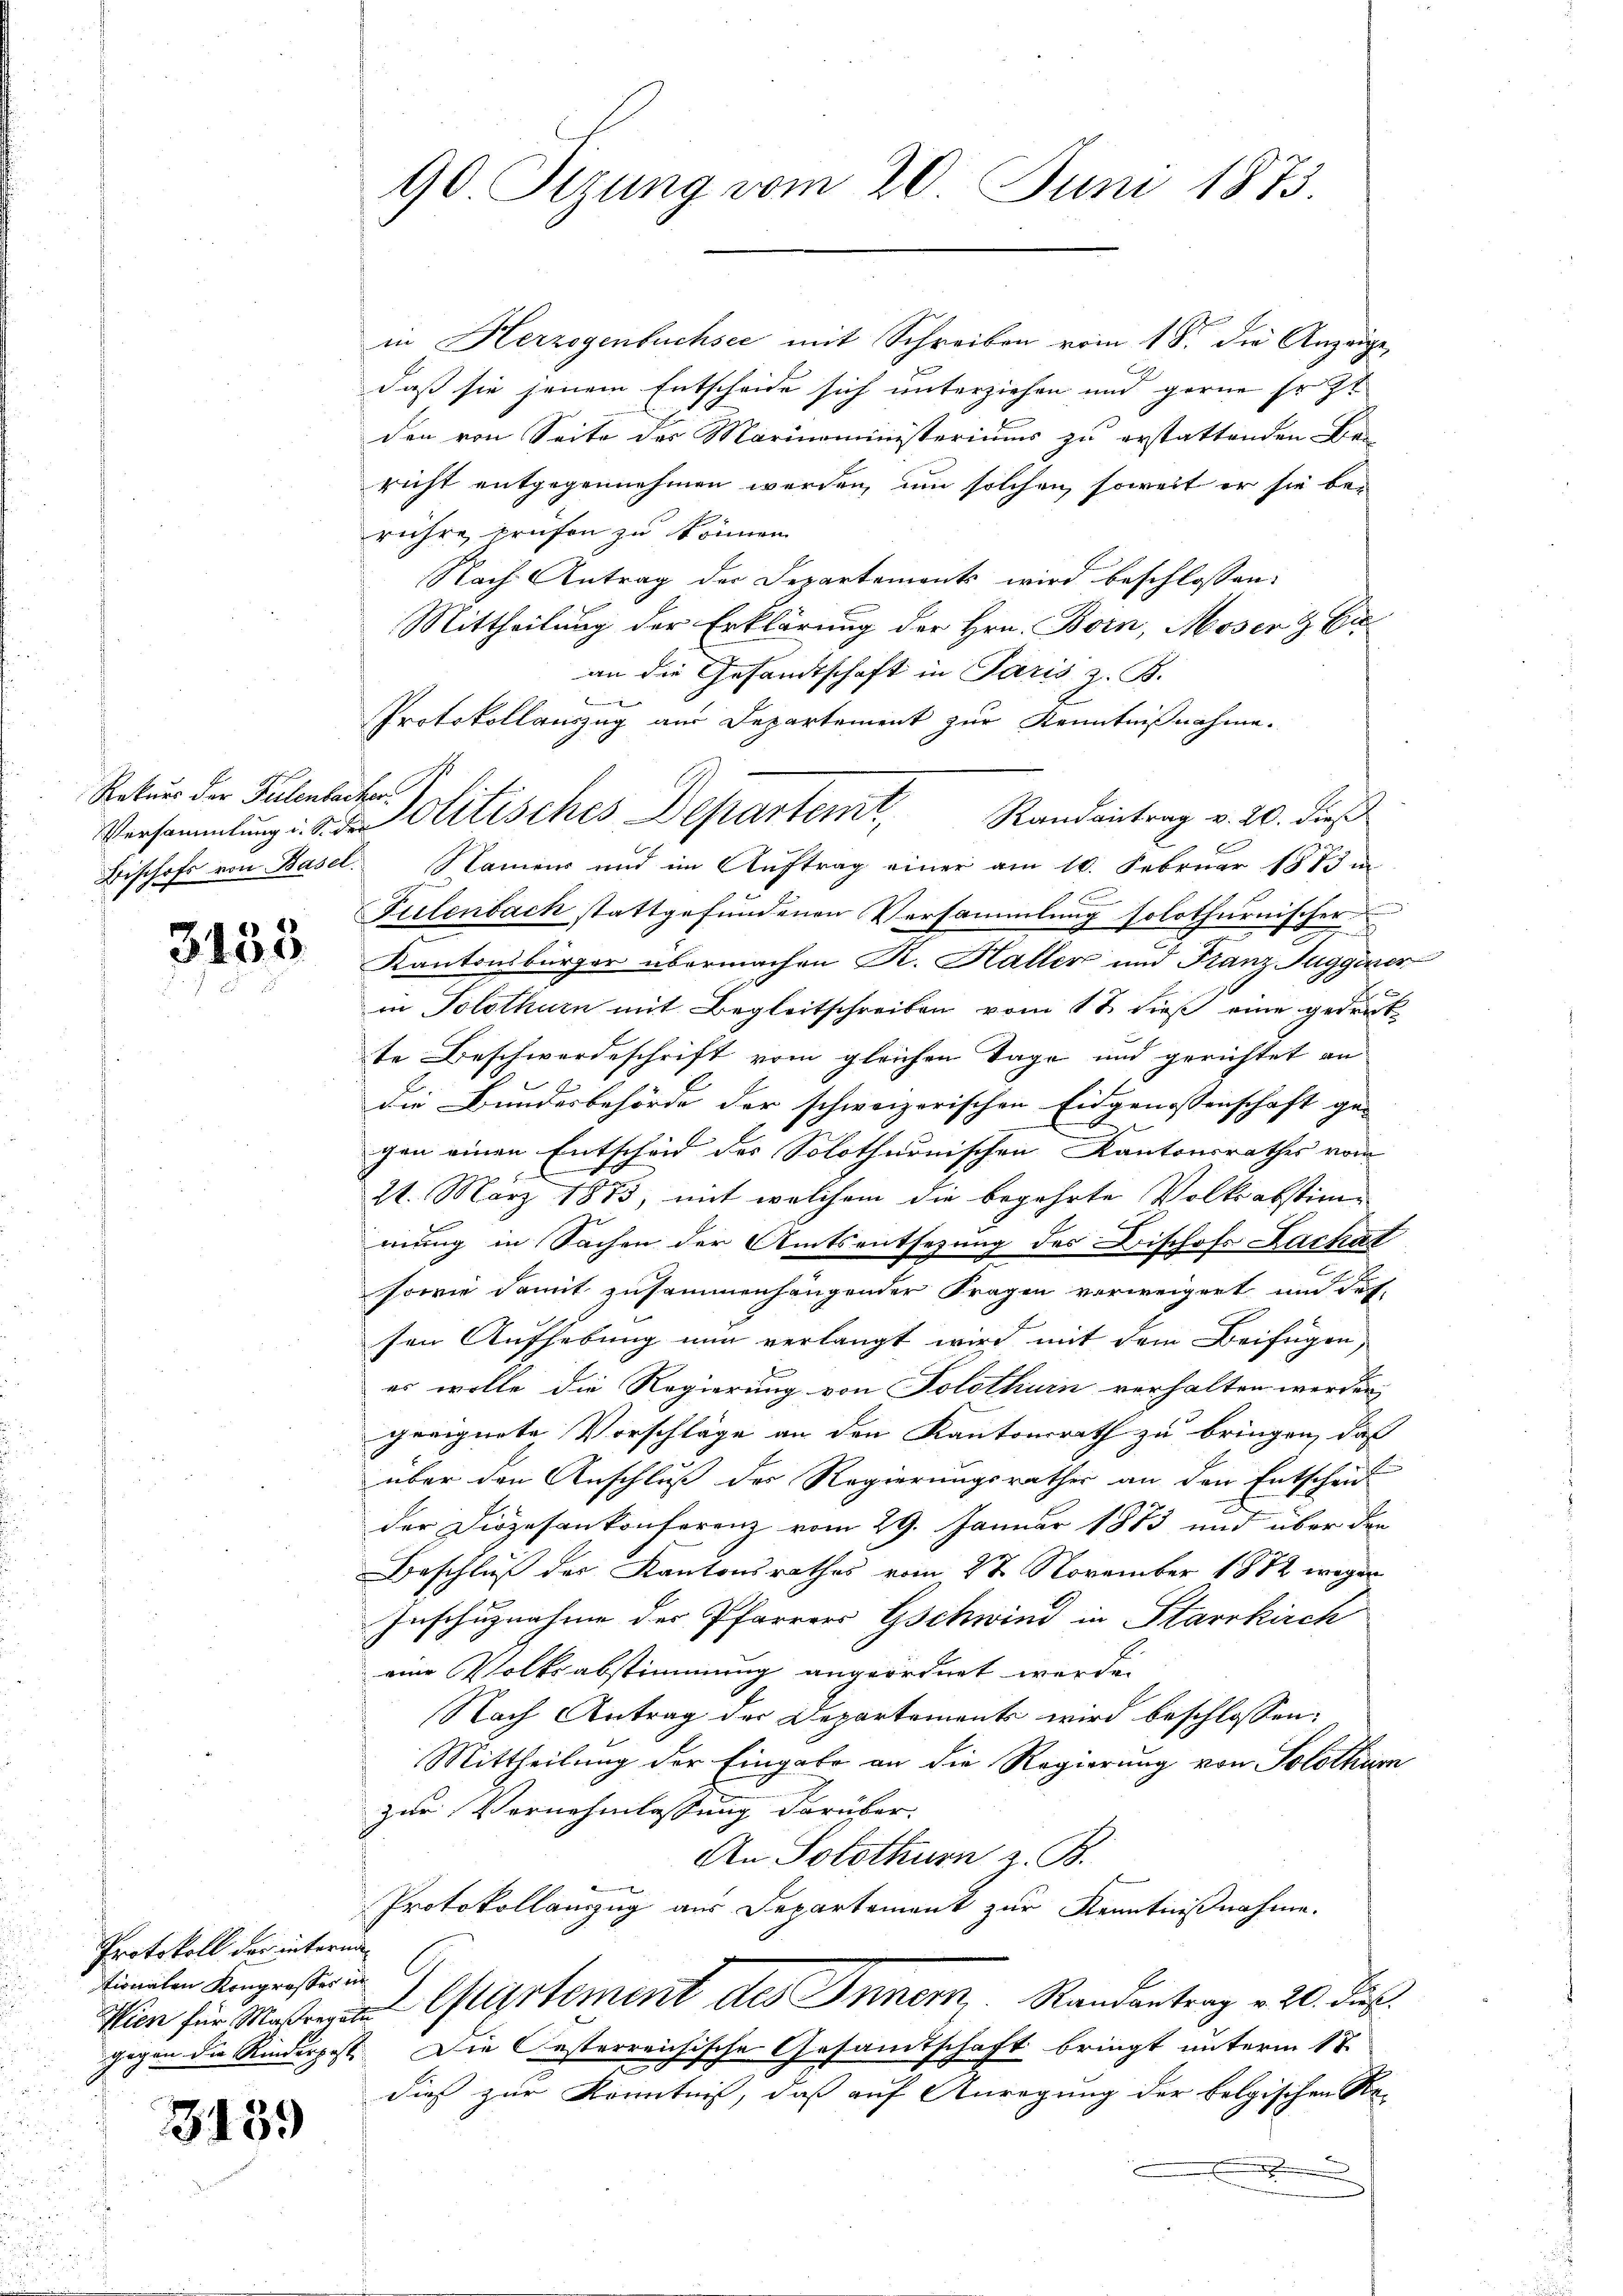
Rekurs der Fulenbacher

3133

Protokoll der interni
ionalen Kongrosser in

313.

90. Sitzung vom 20. Juni 1873.

in Herzogenbuchsee mit Schreiben vom 18. die Anzeige,
daß sie jenem Entscheide sich unterziehen und gerne Er st
den von Seite des Marinoministeriums zu erstattenden Be-
richt entgegennehmen werden, um solchen, soweit er sie berühre prüfen zu können.
Nach Antrag der Departements wird beschlossen:
Mittheilung der Erklärung der Hrn. Born, Moser & Eran die Gesandtschaft in Paris z. B.
4
Protokollauszug aus Departement zur Kenntnißnahme.
Bischofs von Basel. Namen und im Auftrag einer am 10. Februar 1873 in
Tulenbach stattgefundenen Versammlung solothurnischer
Kantonsbürger übermachen R. Haller und Franz Suggeres,
in Solothurn mit Begleitschreiben vom 1 t dieß eine gedrukte Beschwerdeschrift vom gleichen Tage und gerichtet an
die Bundesbehörde der schweizerischen Eidgenossenschaft ge-
gen einen Entscheid des Solothurnischen Kantonsrathes vom
21. März 1873, mit welchem die begehrte Volksabstimmung in Sachen der Amtsentsezung des Bischofs Dachat
sowie damit zusammenhängender Fragen verweigert und das
sen Aufhebung nun verlangt wird mit dem Beifügen,
es wolle die Regierung von Solothurn verhalten werden,
geeignete Vorschläge an den Kantonsrath zu bringen, daß
über den Anschluß des Regierungsrathes an den Entschein
der Diözesenkonferenz vom 29. Januar 1873 und über den
Beschluß des Kantonsrathes vom 28. November 1882 wegen
Inschuznahme des Pfarrer Gschwind in Starrkirch
eine Volksabstimmung angeordnet werde.
Nach Antrag der Departements wird beschlossen:
Mittheilung der Eingabe an die Regierung von Solothur
zur Vernehmlassung darüber.
An Solothurn z. B.
Protokollanzzug aus Departement zur Kenntnißnahme.
Wien für Mein Gartement des Inner, Randantrag v. 20. dies
gegen die Rinderpost. Die Oesterreichische Gesamtschaft bringt unterm 17.
2
dieß zur Kenntniß, daß auf Anregung der belgischen Re¬
.

Versammlung d. d. Solitisches Departem Randantrag v. 20. dieß